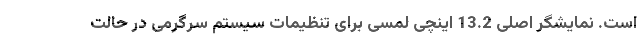
است. نمایشگر اصلی 13.2 اینچی لمسی برای تنظیمات سیستم سرگرمی در حالت